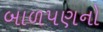
બાળપણનો